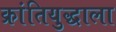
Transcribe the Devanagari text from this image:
क्रांतियुद्धाला